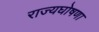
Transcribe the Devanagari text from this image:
राज्यघोषणा